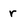
Character: r